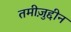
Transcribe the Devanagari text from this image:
तमीज़ुद्दीन